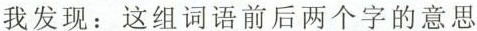
我发现：这组词语前后两个字的意思